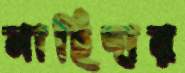
নাহিদার